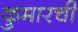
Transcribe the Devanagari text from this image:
कुमारची